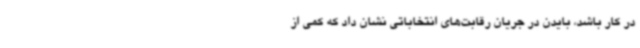
در کار باشد، بایدن در جریان رقابت‌های انتخاباتی نشان داد که کمی از